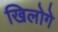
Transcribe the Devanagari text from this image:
खिलोगे